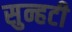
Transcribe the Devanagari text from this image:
सुन्हटी